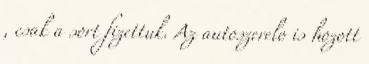
, csak a sort fizettuk. Az autoszerelo is hozott